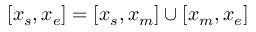
[ x _ { s } , x _ { e } ] = [ x _ { s } , x _ { m } ] \cup [ x _ { m } , x _ { e } ]